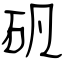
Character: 矾